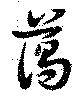
藹